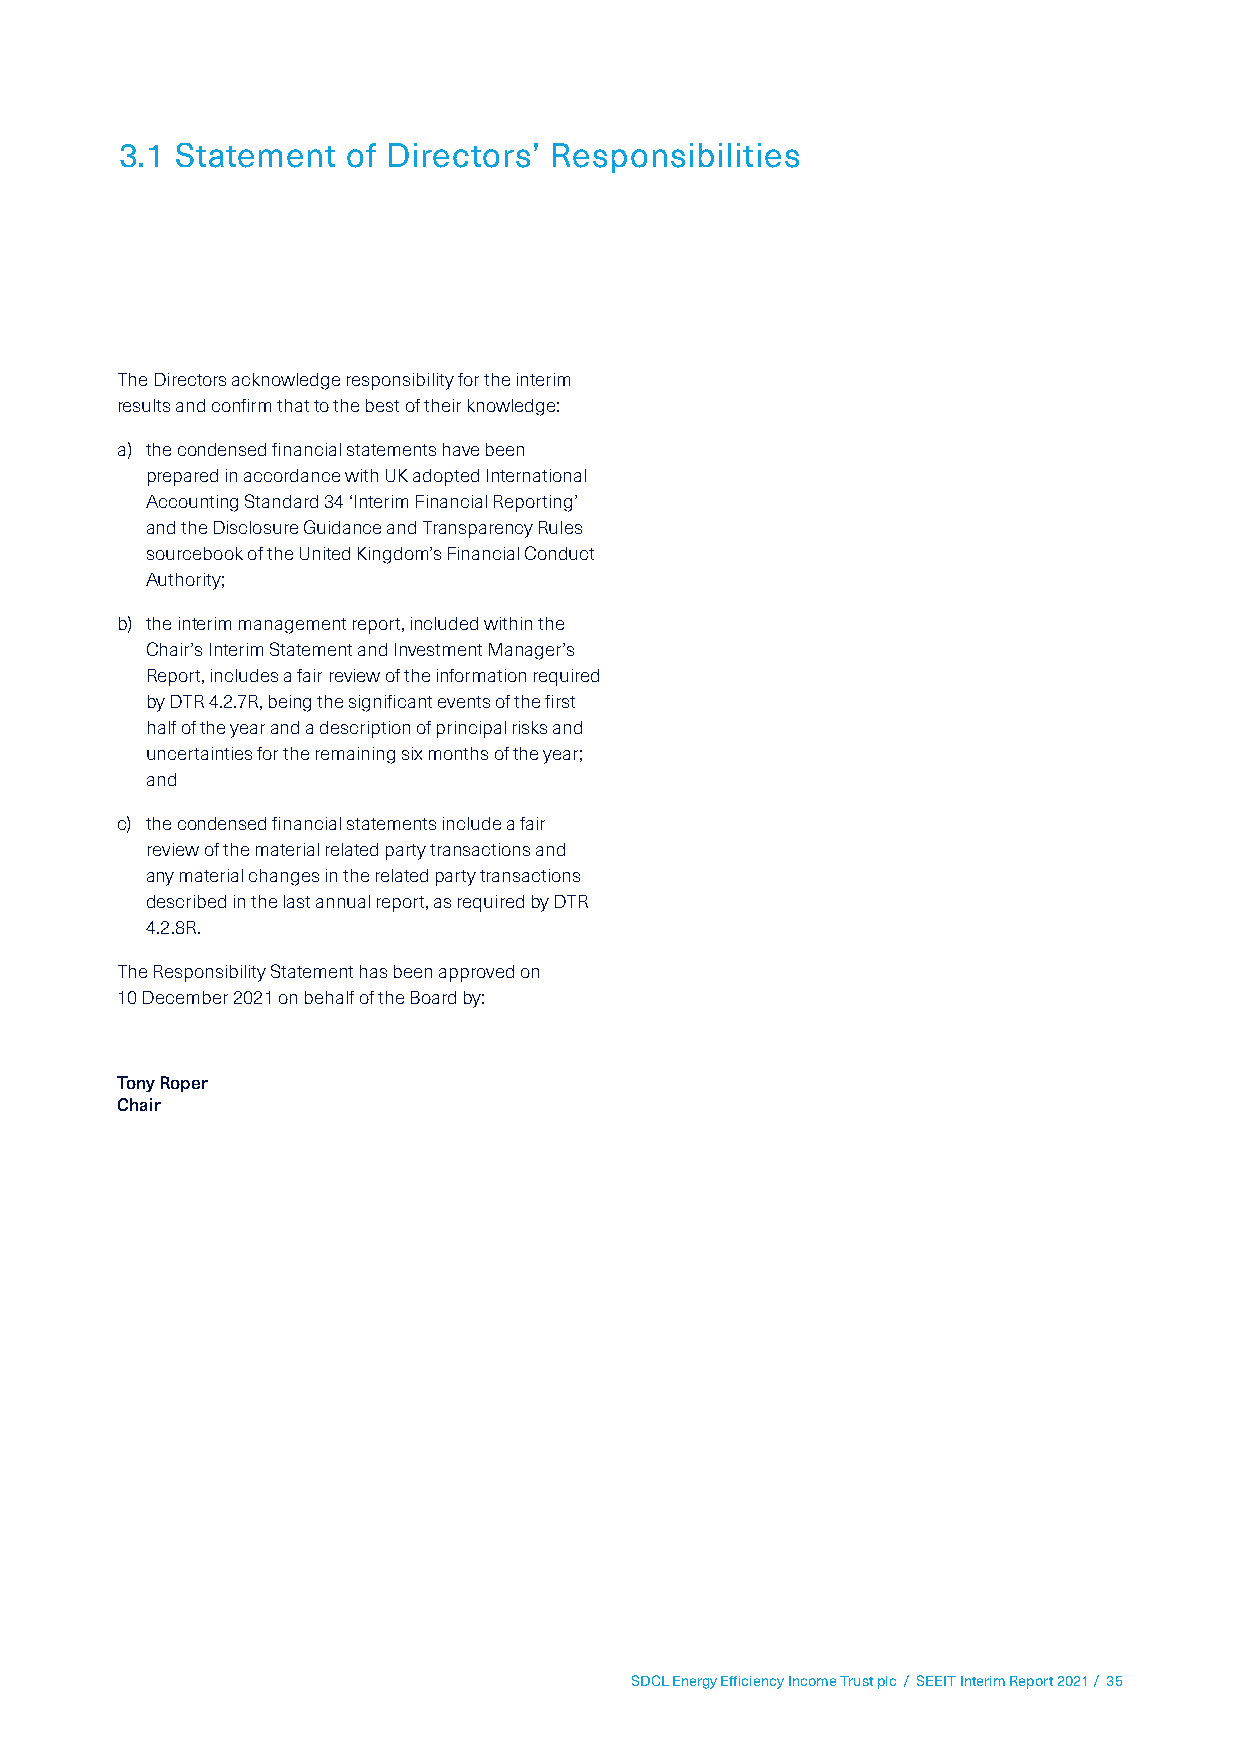
3.1 Statement  of Directors’ Responsibilities
 The Directors acknowledge responsibility for the interim
 results and confirm that to the best of their knowledge:
 a) the condensed financial statements have been
 prepared in accordance with UK adopted International
 Accounting Standard 34 ‘Interim Financial Reporting’
 and the Disclosure Guidance and Transparency Rules
 sourcebook of the United Kingdom’s Financial Conduct
 Authority;
 b) the interim management report, included within the
 Chair’s Interim Statement and Investment Manager’s
 Report, includes a fair review of the information required
 by DTR 4.2.7R, being the significant events of the first
 half of the year and a description of principal risks and
 uncertainties for the remaining six months of the year;
 and
 c) the condensed financial statements include a fair
 review of the material related party transactions and
 any material changes in the related party transactions
 described in the last annual report, as required by DTR
 4.2.8R.
 The Responsibility Statement has been approved on
 10 December 2021 on behalf of the Board by:
 Tony Roper
 Chair
 SDCL Energy Efficiency Income Trust plc / SEEIT Interim Report 2021 / 35